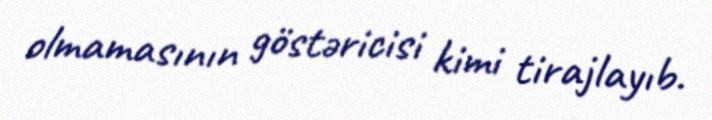
olmamasının göstəricisi kimi tirajlayıb.